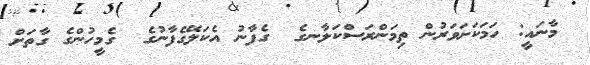
މާނައީ: ހަމަކަށަވަރުން ތިމަންރަސްކަލާނގެ  ގެފާނު އެކަލޭގެފާނުގެ  ގެމީހުންގެ ގާތަށް